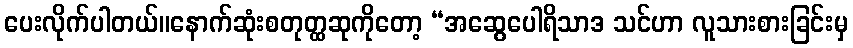
ပေးလိုက်ပါတယ်။နောက်ဆုံးစတုတ္ထဆုကိုတော့ “အဆွေပေါရိသာဒ သင်ဟာ လူသားစားခြင်းမှ